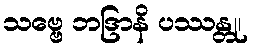
သဗ္ဗေ ဘဒြာနိ ပဿန္တု၊